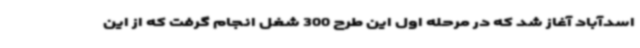
اسدآباد آغاز شد که در مرحله اول این طرح 300 شغل انجام گرفت که از این